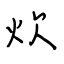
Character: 炊